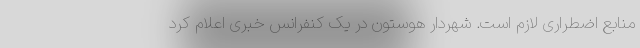
منابع اضطراری لازم است. شهردار هوستون در یک کنفرانس خبری اعلام کرد